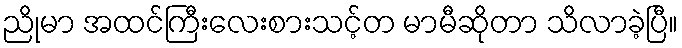
ညိုမာ အထင်ကြီးလေးစားသင့်တ မာမီဆိုတာ သိလာခဲ့ပြီ။